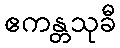
ဧကန္တသုခီ